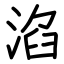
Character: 淊